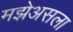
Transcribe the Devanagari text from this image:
मझेअसला